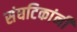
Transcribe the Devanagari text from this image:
संघटिकांनी